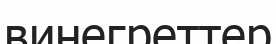
винегреттер